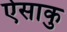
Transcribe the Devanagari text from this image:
ऐसाकु